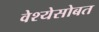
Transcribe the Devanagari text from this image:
वेश्येसोबत